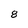
Character: 8